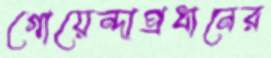
গোয়েন্দাপ্রধানের